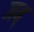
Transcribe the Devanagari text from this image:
जब्